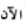
الآن